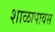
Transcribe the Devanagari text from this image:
शाळापावस